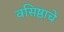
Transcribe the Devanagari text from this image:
वसिष्ठाचे